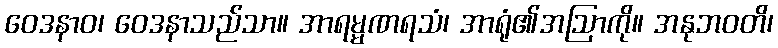
ဝေဒနာဝ၊ ဝေဒနာသည်သာ။ အာရမ္မဏရသံ၊ အာရုံ၏အဩာကို။ အနုဘဝတိ၊